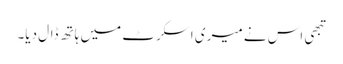
تبھی اس نے میری اسکرٹ میں ہاتھ ڈال دیا۔